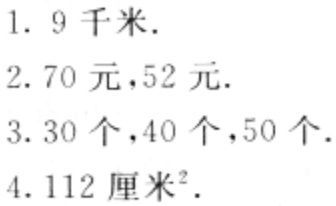
1. 9千米.

2. 70元，52元.

3. 30个，40个，50个.

4. 112厘米².